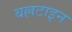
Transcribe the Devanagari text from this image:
बल्लटाइन